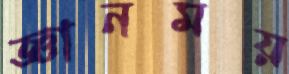
জ্ঞানময়